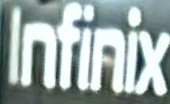
Infinix